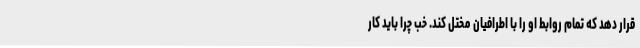
قرار دهد که تمام روابط او را با اطرافیان مختل کند. خب چرا باید کار